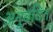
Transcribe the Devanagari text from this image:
अनुवदित